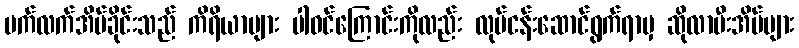
ပက်လက်အိပ်ခိုင်းသည် ကိရိယာများ ပါဝင်ကြောင်းကိုလည်း လုပ်ငန်းဆောင်ရွက်ရာမှ ဆိုလာမီးအိမ်များ